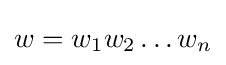
w=w_{1}w_{2}\ldots w_{n}